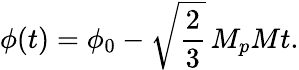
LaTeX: \phi(t)=\phi_{0}-\sqrt{\frac{2}{3}}\, M_{p}Mt.